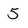
Character: 5